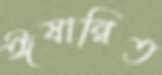
ঈষান্বিত